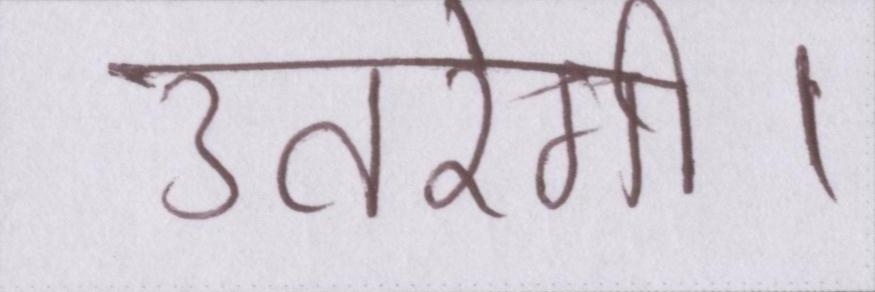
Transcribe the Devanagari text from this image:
उतरेगी।